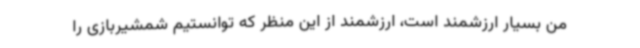
من بسیار ارزشمند است، ارزشمند از این منظر که توانستیم شمشیربازی را